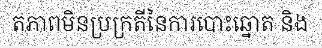
តភាពមិនប្រក្រតីនៃការបោះឆ្នោត និង